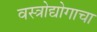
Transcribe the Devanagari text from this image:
वस्त्रोद्योगाचा